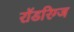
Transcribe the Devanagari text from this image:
रॉडरिग्ज